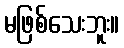
မဖြစ်သေးဘူး။